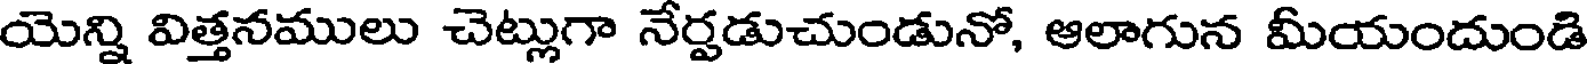
యెన్ని విత్తనములు చెట్లుగా నేర్పడుచుండునో, ఆలాగున మీయందుండి